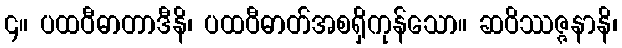
၄။ ပထဝီဓာတာဒီနိ၊ ပထဝီဓာတ်အစရှိကုန်သော။ ဆဝိဿဇ္ဇနာနိ၊